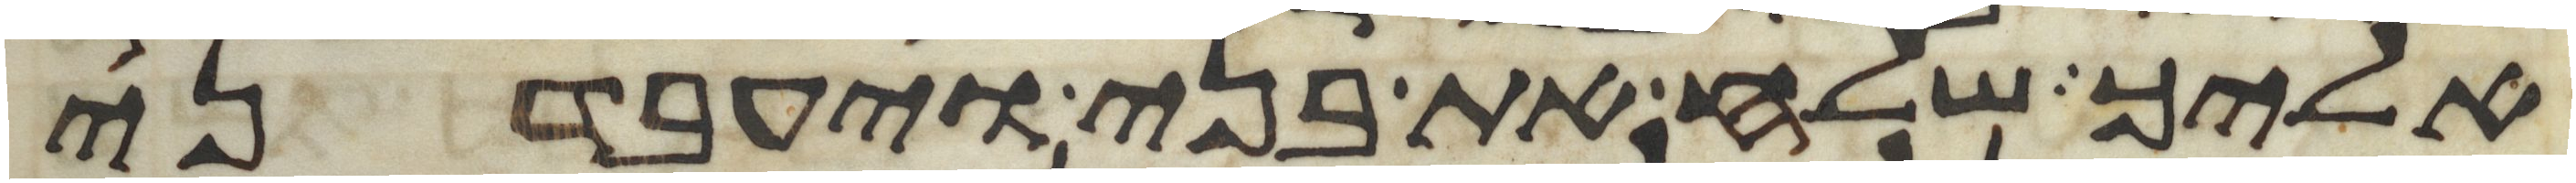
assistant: אליך שלח את בני ויעבדני